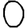
Digit: 0